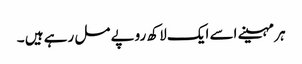
ہر مہینے اسے ایک لاکھ روپے مل رہے ہیں ۔